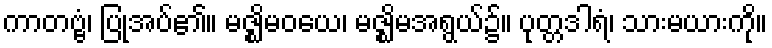
ကာတဗ္ဗံ၊ ပြုအပ်၏။ မဇ္ဈိမဝယေ၊ မဇ္ဈိမအရွယ်၌။ ပုတ္တဒါရံ၊ သားမယားကို။